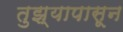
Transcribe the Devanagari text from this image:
तुझ्यापासून